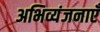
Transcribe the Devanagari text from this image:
अभिव्यंजनाएँ